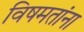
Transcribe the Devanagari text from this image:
विषमतांना